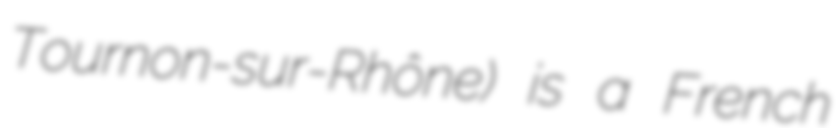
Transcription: Tournon-sur-Rhône) is a French